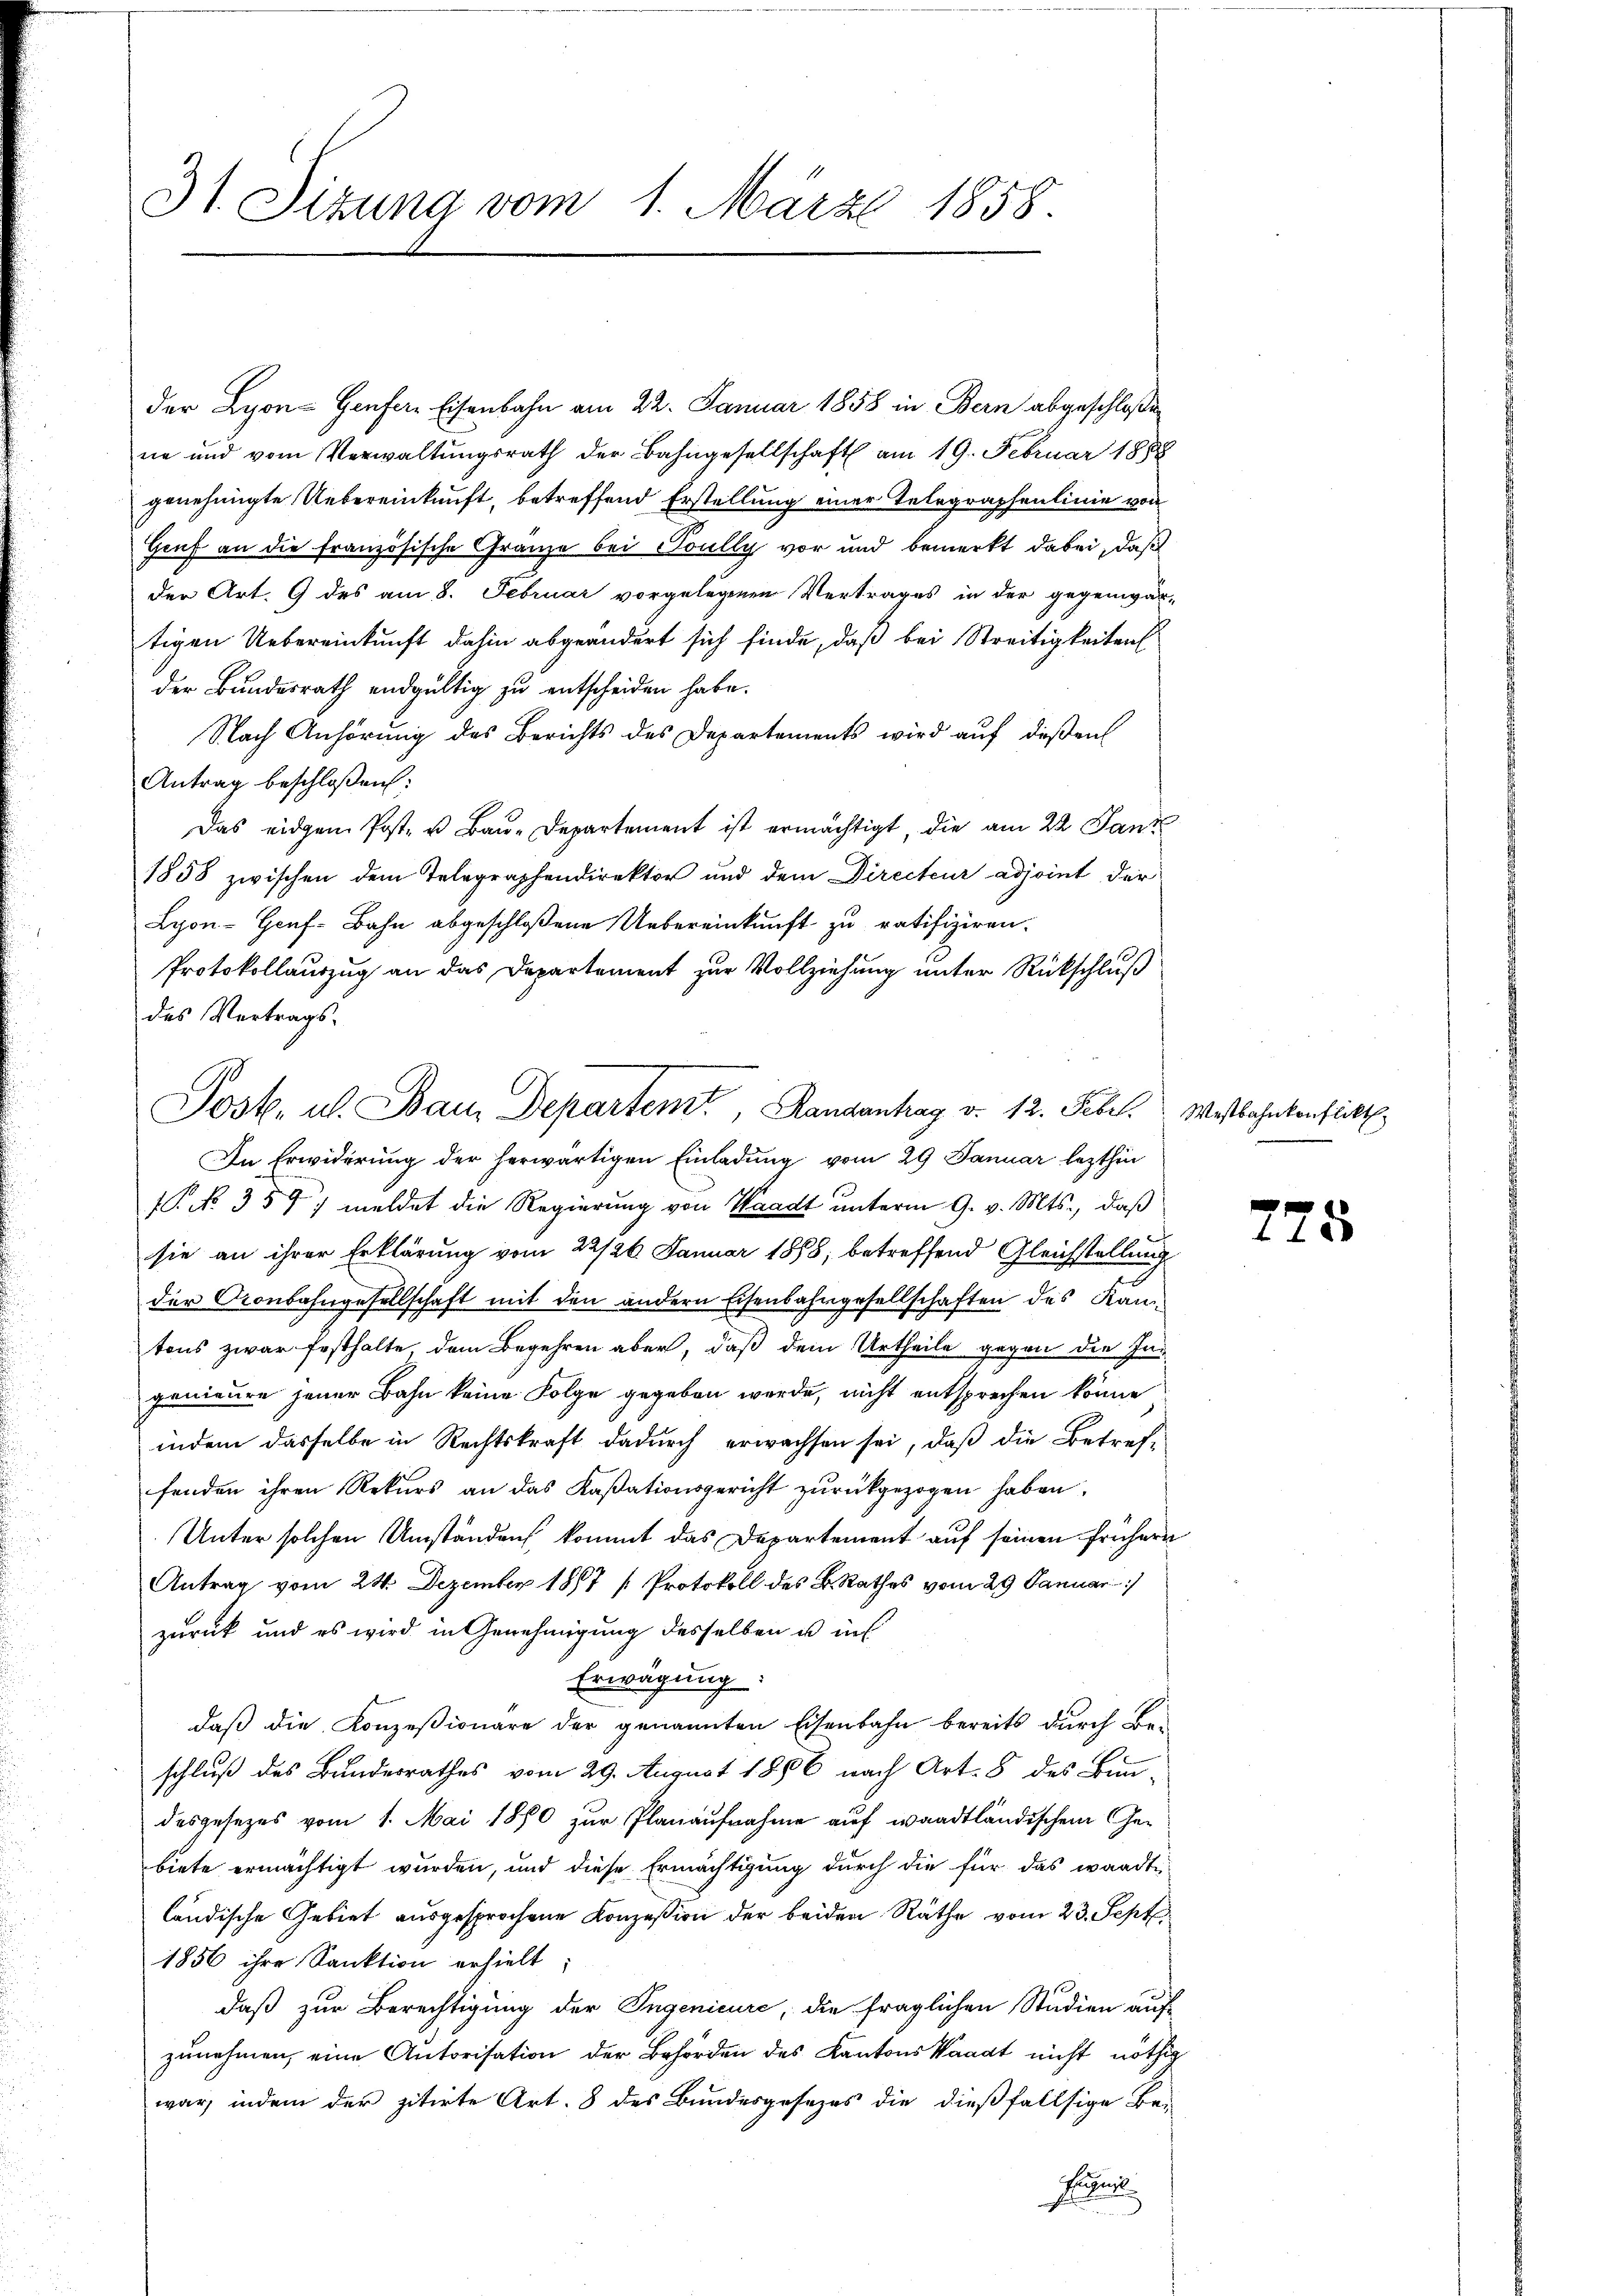
31. Sizung vom 1. März 1858.

der Lyon - Genfere Eisenbahn am 22. Januar 1858 in Bern abgeschloßen
ne und vom Verwaltungsrath der Bahngesellschaft am 19. Februar 1888
genehmigte Uebereinkunft, betreffend Erstellung einer Telegraphenlinie von
Genf an die französische Granze bei Toully vor und bemerkt dabei, daß
der Art. 9 des am 8. Februar vorgelegenen Vertrages in der gegenwär-
tigen Uebereinkunft dahin abgeändert sich finde, daß bei Streitigkeiten
der Bundesrath endgültig zu entscheiden habe.
Nach Anhörung des Berichts des Departements wird auf deßen
Antrag beschloßen:
Das eidgen Post- u Bau-Departement ist ermächtigt, die am 22. Janz
1858 zwischen dem Telegraphendirektor und dem Directeur adjoint der
Lyon-Gouf-Bahn abgeschloßene Uebereinkunft zu ratifiziren.
Protokollauszug an das Departement zur Vollziehung unter Rückschluß
des Vertrags¬
In Erwiderung der herwärtigen Einladung vom 29. Januar lezthin
1. No. 354) meldet die Regierŭng von Waadt ŭnterm 9. v. Mts., daß
sie an ihrer Erklärung vom 22/26. Januar 1888, betreffend Gleichstellung
der Gronbahngesellschaft mit den andern Eisenbahngesellschaften des Kan
tons zwar festhalte, dem Begehren aber, daß dem Urtheile gegen die Ingenieure jener Bahn keine Folge gegeben werde, nicht entsprechen könne
indem dasselbe in Rechtskraft dadurch erwachsen sei, daß die Betref-
fenden ihren Rekurs an das Kassationsgericht zurückgezogen haben.
Unter solchen Umständen kommt das Departement auf seinen frühern
Antrag vom 24. Dezember 1867 [Protokoll des B. Rathes vom 29 Januar 1
zurück und es wird in Genehmigung desselben u in
Erwägung:
daß die Konzesionäre der genannten Eisenbahn bereits durch Be-
schluß des Bundesrathes vom 29. August 1866 nach Art. 8 des Bun-
desgesezes vom 1. Mai 1880 zur Planaufnahme auf waadtländischem Gebiete ermächtigt wurden, und diese Ermächtigung durch die für das wandte
ländische Gebiet ausgesprochene Konzesion der beiden Räthe vom 23. Sept.
1856 ihre Sanktion erhielt
daß zur Berechtigung der Ingenieure, die fraglichen Studien auf
zunehmen, eine Autorisation der Behörden des Kantons Waadt nicht nöthig
war, indem der zitirte Art. 8 des Bundesgesezes die dießfallsige Be-
Pergest

Post. u. Bau Departem Rangenhag v. 12. Febr. Westbahnkonstickt.

.

725